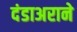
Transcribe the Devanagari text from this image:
दंडाअराने